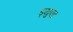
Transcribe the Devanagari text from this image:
ड्युएट